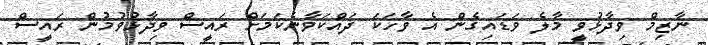
ނާޒިމް ވިދާޅުވީ މާލެ ވަޑައިގެން އެ ވާހަކަ ދައްކަވާނެކަމަށް ރައީސް ވިދާޅުވުމުން ރައީސް